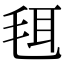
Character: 𣭞